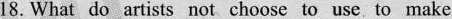
18.What do artists not choose to use, to make